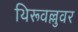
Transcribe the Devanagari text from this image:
थिरूवल्लुवर